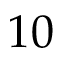
1 0